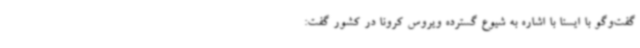
گفت‌وگو با ایسنا با اشاره به شیوع گسترده ویروس کرونا در کشور گفت: